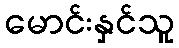
မောင်းနှင်သူ